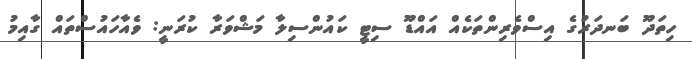
ހިތަދޫ ބަނދަރުގެ އިސްވެރިންތަކެއް އައްޑޫ ސިޓީ ކައުންސިލާ މަޝްވަރާ ކުރަނީ: ވެއާހައުސްތައް ގާއިމު